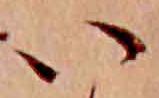
い